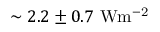
\sim 2 . 2 \pm 0 . 7 \ \mathrm { W m ^ { - 2 } }